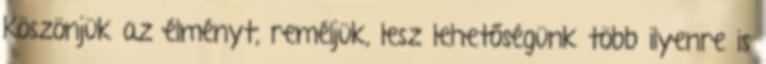
Köszönjük az élményt, reméljük, lesz lehetőségünk több ilyenre is